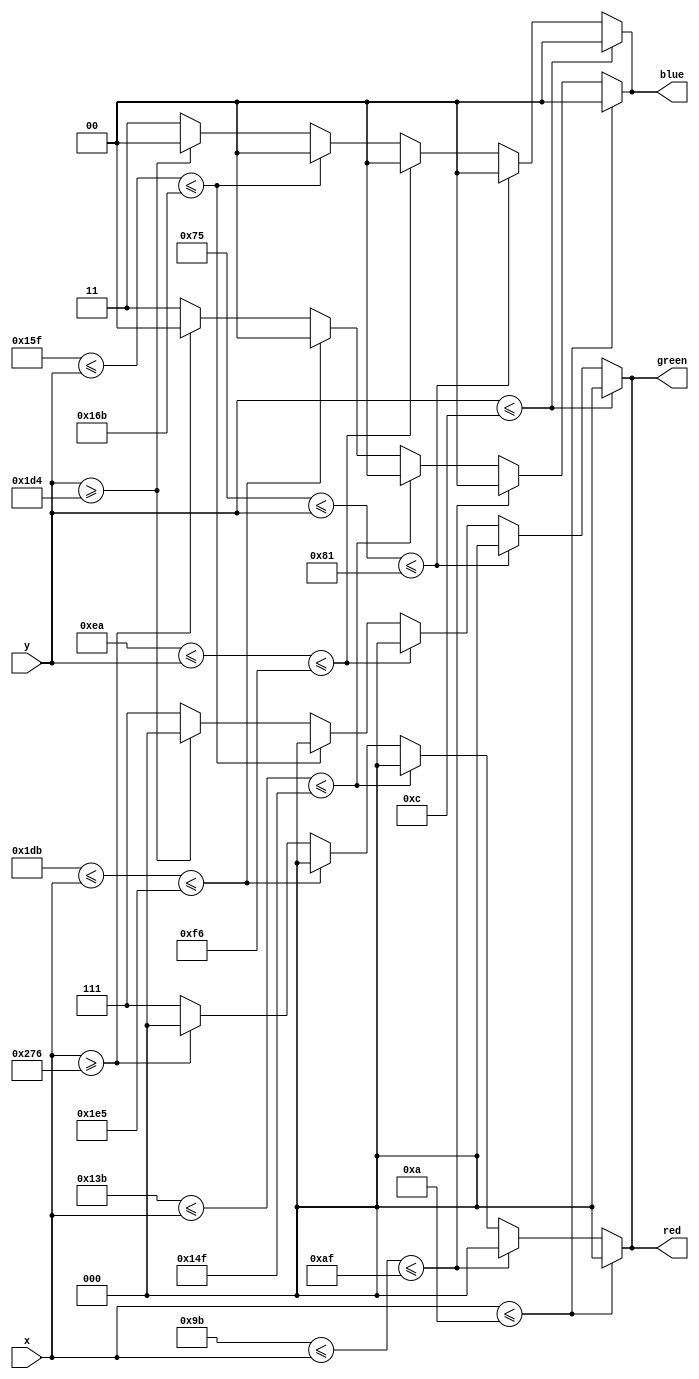
module border (x,y,red,green,blue);

input [9:0] x;
input [9:0] y;
output [2:0] red;
output [2:0] green; 
output [1:0] blue;

always @ (y)
	begin
		if (y <= 12)
			begin	
				red <= 3'b000;
				green <= 3'b000;
				blue <= 2'b00;
			end
		else if (117 <= y <= 129)
			begin	
				red <= 3'b000;
				green <= 3'b000;
				blue <= 2'b00;
			end
		else if (234 <= y <= 246)
			begin	
				red <= 3'b000;
				green <= 3'b000;
				blue <= 2'b00;
			end
		else if (351 <= y <= 363)
			begin	
				red <= 3'b000;
				green <= 3'b000;
				blue <= 2'b00;
			end
		else if (y >= 468)
			begin	
				red <= 3'b000;
				green <= 3'b000;
				blue <= 2'b00;
			end
		else 
			begin	
				red <= 3'b111;
				green <= 3'b111;
				blue <= 2'b11;
			end
	end
					
always @ (x)
	begin
		
		if (x <= 10)
			begin
				red <= 3'b000;
				green <= 3'b000;
				blue <= 2'b00;
			end
		else if (155 <= x <= 175)
			begin
				red <= 3'b000;
				green <= 3'b000;
				blue <= 2'b00;
			end
		else if (315 <= x <= 335)
			begin
				red <= 3'b000;
				green <= 3'b000;
				blue <= 2'b00;
			end
		else if (475 <= x <= 485)
			begin
				red <= 3'b000;
				green <= 3'b000;
				blue <= 2'b00;
			end
		else if (x >= 630)
			begin
				red <= 3'b000;
				green <= 3'b000;
				blue <= 2'b00;
			end
		else 
			begin
				red <= 3'b111;
				green <= 3'b111;
				blue <= 2'b11;
			end
	end
	
endmodule